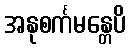
အနုစင်္ကမန္တေပိ